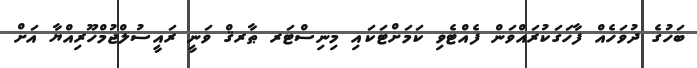
ބަހުގެ ދުވަހެއް ފާހަގަކުރައްވަން ފެއްޓެވި ކަމަށްޓަކައި މިނިސްޓަރ ޠާރޤް ވަނީ ރައީސުލްޖުމްހޫރިއްޔާ އަށް